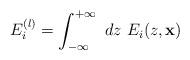
LaTeX: \begin{align*}E_i^{(l)} = \int_{-\infty}^{+ \infty}~dz~ E_i(z, {\bf x})\end{align*}